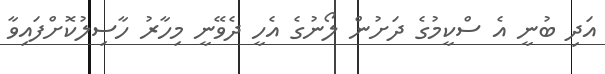
އަދި ބުނީ އެ ސްކީމުގެ ދަށުން ލޯނުގެ އެހީ ދެވޭނީ މިހާރު ހާސިލުކޮށްފައިވާ